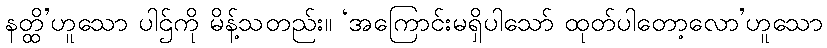
နတ္ထိ’ဟူသော ပါဌ်ကို မိန့်သတည်း။ ‘အကြောင်းမရှိပါသော် ထုတ်ပါတော့လော’ဟူသော